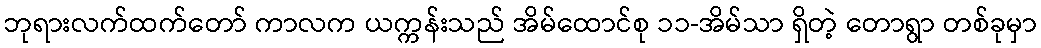
ဘုရားလက်ထက်တော် ကာလက ယက္ကန်းသည် အိမ်ထောင်စု ၁၁-အိမ်သာ ရှိတဲ့ တောရွာ တစ်ခုမှာ